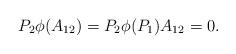
LaTeX: \begin{align*}P_2\phi(A_{12})=P_2\phi(P_1)A_{12}=0.\end{align*}